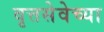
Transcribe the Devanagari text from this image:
वृत्तसेवेच्या